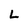
Character: L